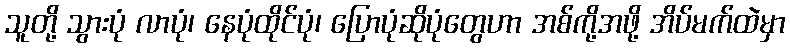
သူတို့ သွားပုံ လာပုံ၊ နေပုံထိုင်ပုံ၊ ပြောပုံဆိုပုံတွေဟာ အစ်ကို့အဖို့ အိပ်မက်ထဲမှာ